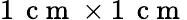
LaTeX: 1\, \mathrm{~c~m~}\times 1\, \mathrm{~c~m~}